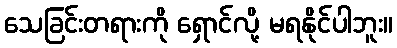
သေခြင်းတရားကို ရှောင်လို့ မရနိုင်ပါဘူး။